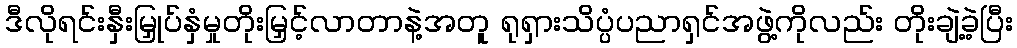
ဒီလိုရင်းနှီးမြှုပ်နှံမှုတိုးမြှင့်လာတာနဲ့အတူ ရုရှားသိပ္ပံပညာရှင်အဖွဲ့ကိုလည်း တိုးချဲ့ခဲ့ပြီး